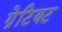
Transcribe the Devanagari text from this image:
ग्रेटियट